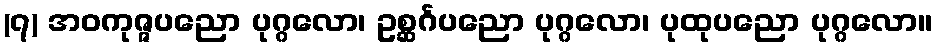
(၇) အဝကုဇ္ဇပညော ပုဂ္ဂလော၊ ဥစ္ဆင်္ဂပညော ပုဂ္ဂလော၊ ပုထုပညော ပုဂ္ဂလော။